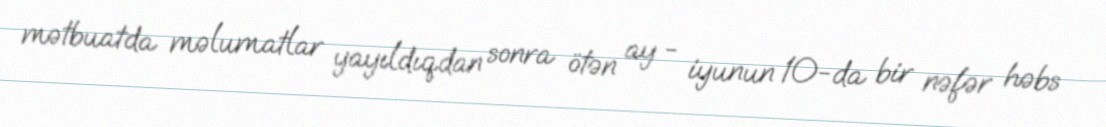
mətbuatda məlumatlar yayıldıqdan sonra ötən ay - iyunun 10-da bir nəfər həbs